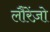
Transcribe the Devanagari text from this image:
लौरेंज़ो